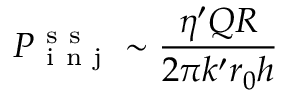
P _ { \mathrm { ~ i ~ n ~ j ~ } } ^ { \mathrm { ~ s ~ s ~ } } \sim \frac { \eta ^ { \prime } Q R } { 2 \pi k ^ { \prime } r _ { 0 } h }